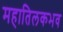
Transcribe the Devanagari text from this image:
महातिलकभव